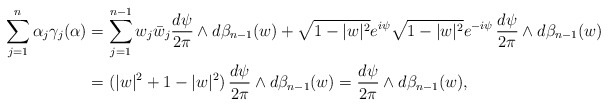
\begin{align*} \sum_{j=1}^n \alpha_j \gamma_j(\alpha)&=\sum_{j=1}^{n-1} w_j\bar w_j \frac{d\psi}{2\pi}\wedge d\beta_{n-1}(w) +\sqrt{1-|w|^2} e^{i\psi} \sqrt{1-|w|^2}e^{-i\psi}\, \frac{d\psi}{2\pi}\wedge d\beta_{n-1}(w) \\ &=(|w|^2+1-|w|^2) \, \frac{d\psi}{2\pi}\wedge d\beta_{n-1}(w)= \frac{d\psi}{2\pi}\wedge d\beta_{n-1}(w), \end{align*}